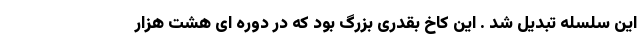
این سلسله تبدیل شد . این کاخ بقدری بزرگ بود که در دوره ای هشت هزار